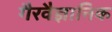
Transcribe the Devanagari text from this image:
गैरवैज्ञानिक